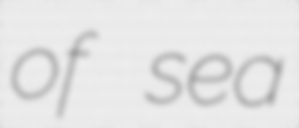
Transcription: of sea